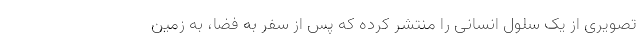
تصویری از یک سلول انسانی را منتشر کرده که پس از سفر به فضا، به زمین